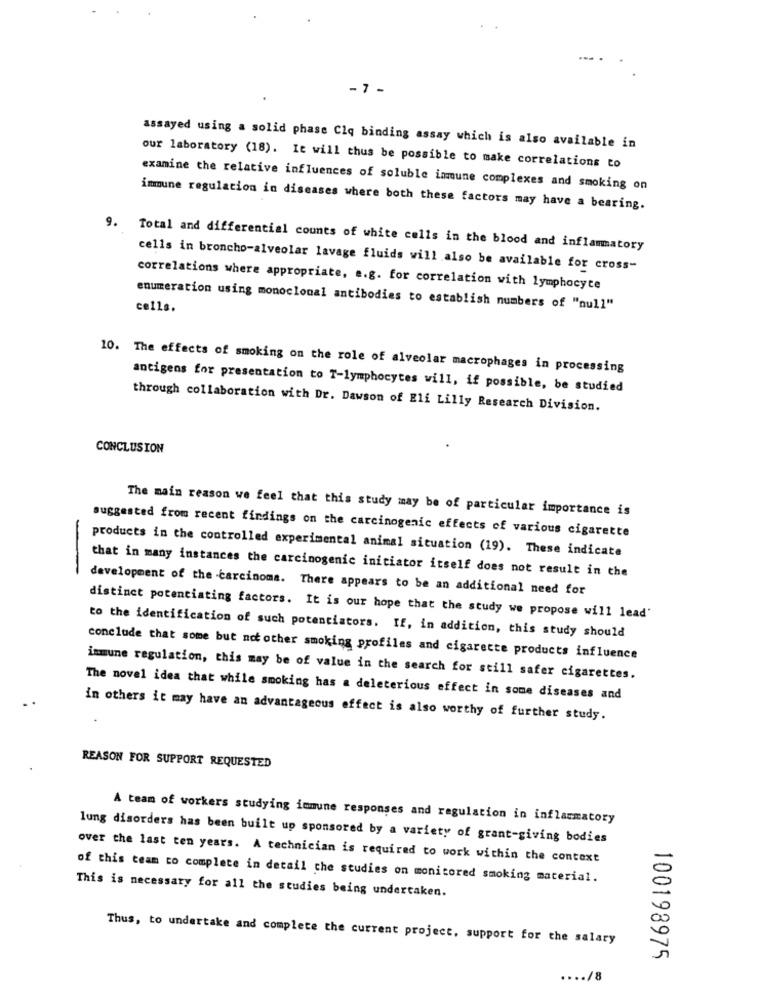
-7 -
assayed using a solid phase Clq binding assay which is also available in
our laboratory (18). It will thus be possible to make correlations to
examine the relative influences of soluble inmune complexes and smoking on
immune regulation in diseases where both these factors may have a bearing.
9. Total and differential counts of white cells in the blood and inflammatory
cells in broncho-alveolar lavage fluids will also be available for cross-
correlations where appropriate, e.g. for correlation with lymphocyte
enumeration using monoclonal antibodies to establish numbers of "null"
cells.
10. The effects of smoking on the role of alveolar macrophages in processing
antigens for presentation to T-lymphocytes will, if possible, be studied
through collaboration with Dr. Dawson of Eli Lilly Research Division.
CONCLUSION
The main reason we feel that this study may be of particular importance is
suggested from recent findings on the carcinogenic effects of various cigarette
products in the controlled experimental animal situation (19). These indicate
-
that in many instances the carcinogenic initiator itself does not result in the
development of the carcinoma. There appears to be an additional need for
distinct potentiating factors. It is our hope that the study we propose will lead'
to the identification of such potentiators. If, in addition, this study should
conclude that some but not other smoking profiles and cigarette products influence
immune regulation, this may be of value in the search for still safer cigarettes.
The novel idea that while smoking has a deleterious effect in some diseases and
in others it may have an advantageous effect is also worthy of further study.
REASON FOR SUPPORT REQUESTED
A team of workers studying immune responses and regulation in inflammatory
lung disorders has been built up sponsored by a variety of grant-giving bodies
over the last ten years. A technician is required to work within the context
of this team to complete in detail che studies on monitored smoking material.
This is necessary for all the studies being undertaken.
Thus, to undertake and complete the current project, support for the salary
100198975
.... /8